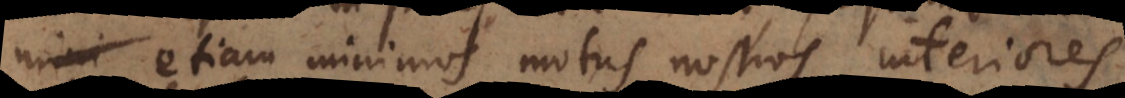
etiam minimos motus nostros interiores